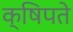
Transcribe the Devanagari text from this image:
क्षिपते